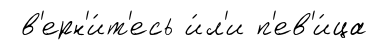
в'ерн'и́т'есь и́л'и п'ев'и́ца